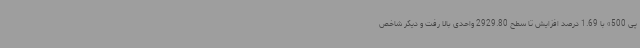
پی 500» با 1.69 درصد افزایش تا سطح 2929.80 واحدی بالا رفت و دیگر شاخص